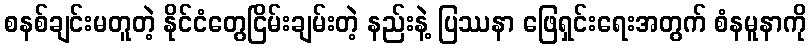
စနစ်ချင်းမတူတဲ့ နိုင်ငံတွေငြိမ်းချမ်းတဲ့ နည်းနဲ့ ပြဿနာ ဖြေရှင်းရေးအတွက် စံနမူနာကို